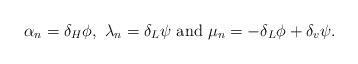
LaTeX: \begin{align*}\alpha_n=\delta_H\phi,~\lambda_n=\delta_L\psi~\mbox{and}~\mu_n=-\delta_L\phi+\delta_v\psi.\end{align*}